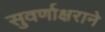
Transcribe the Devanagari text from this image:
सुवर्णाक्षराने